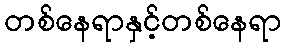
တစ်နေရာနှင့်တစ်နေရာ